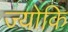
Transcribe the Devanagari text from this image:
ज्योकि